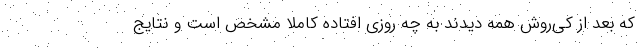
که بعد از کی‌روش همه دیدند به چه روزی افتاده کاملاً مشخص است و نتایج